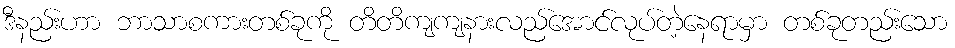
ဒီနည်းဟာ ဘာသာစကားတစ်ခုကို တိတိကျကျနားလည်အောင်လုပ်တဲ့နေရာမှာ တစ်ခုတည်းသော